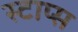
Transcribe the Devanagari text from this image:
स्टाप्स